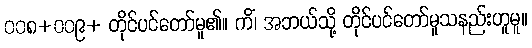
၀၀၈+၀၀၉+ တိုင်ပင်တော်မူ၏။ ကိံ၊ အဘယ်သို့ တိုင်ပင်တော်မူသနည်းဟူမူ။